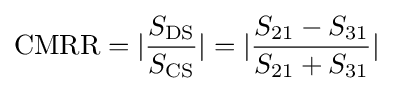
\mathrm {CMRR} =|{\frac {S_{\mathrm {DS} }}{S_{\mathrm {CS} }}}|=|{\frac {S_{\mathrm {21} }-S_{\mathrm {31} }}{S_{\mathrm {21} }+S_{\mathrm {31} }}}|